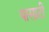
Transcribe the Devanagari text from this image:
यासाटी